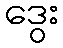
ဒွေး